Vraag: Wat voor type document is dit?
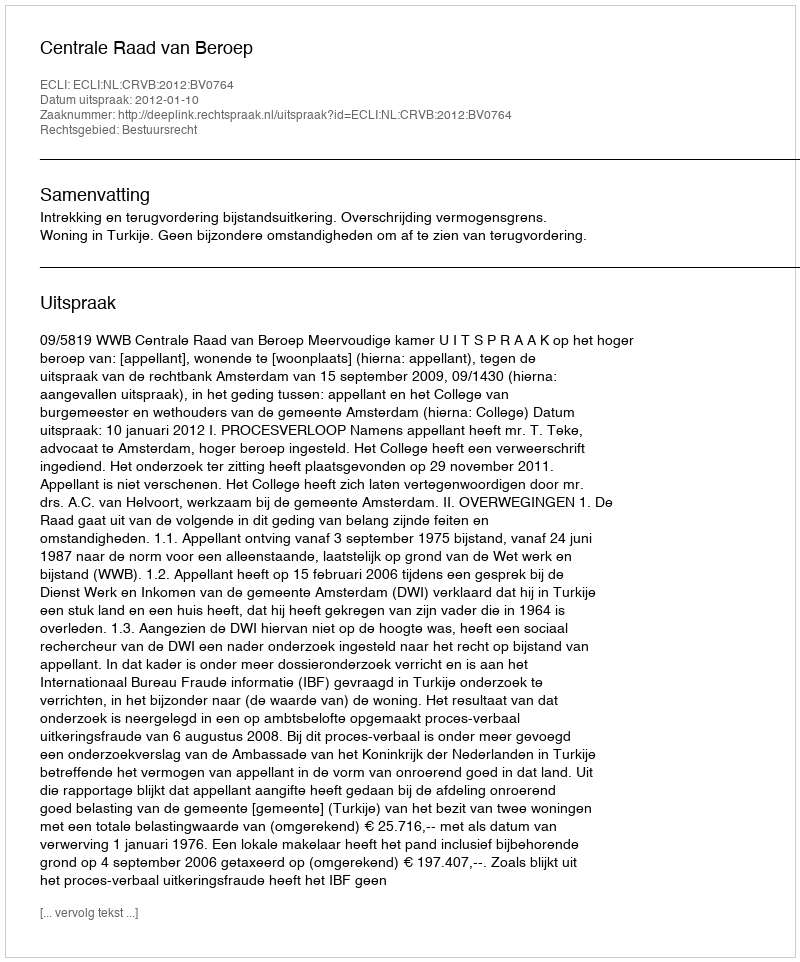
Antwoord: Uitspraak